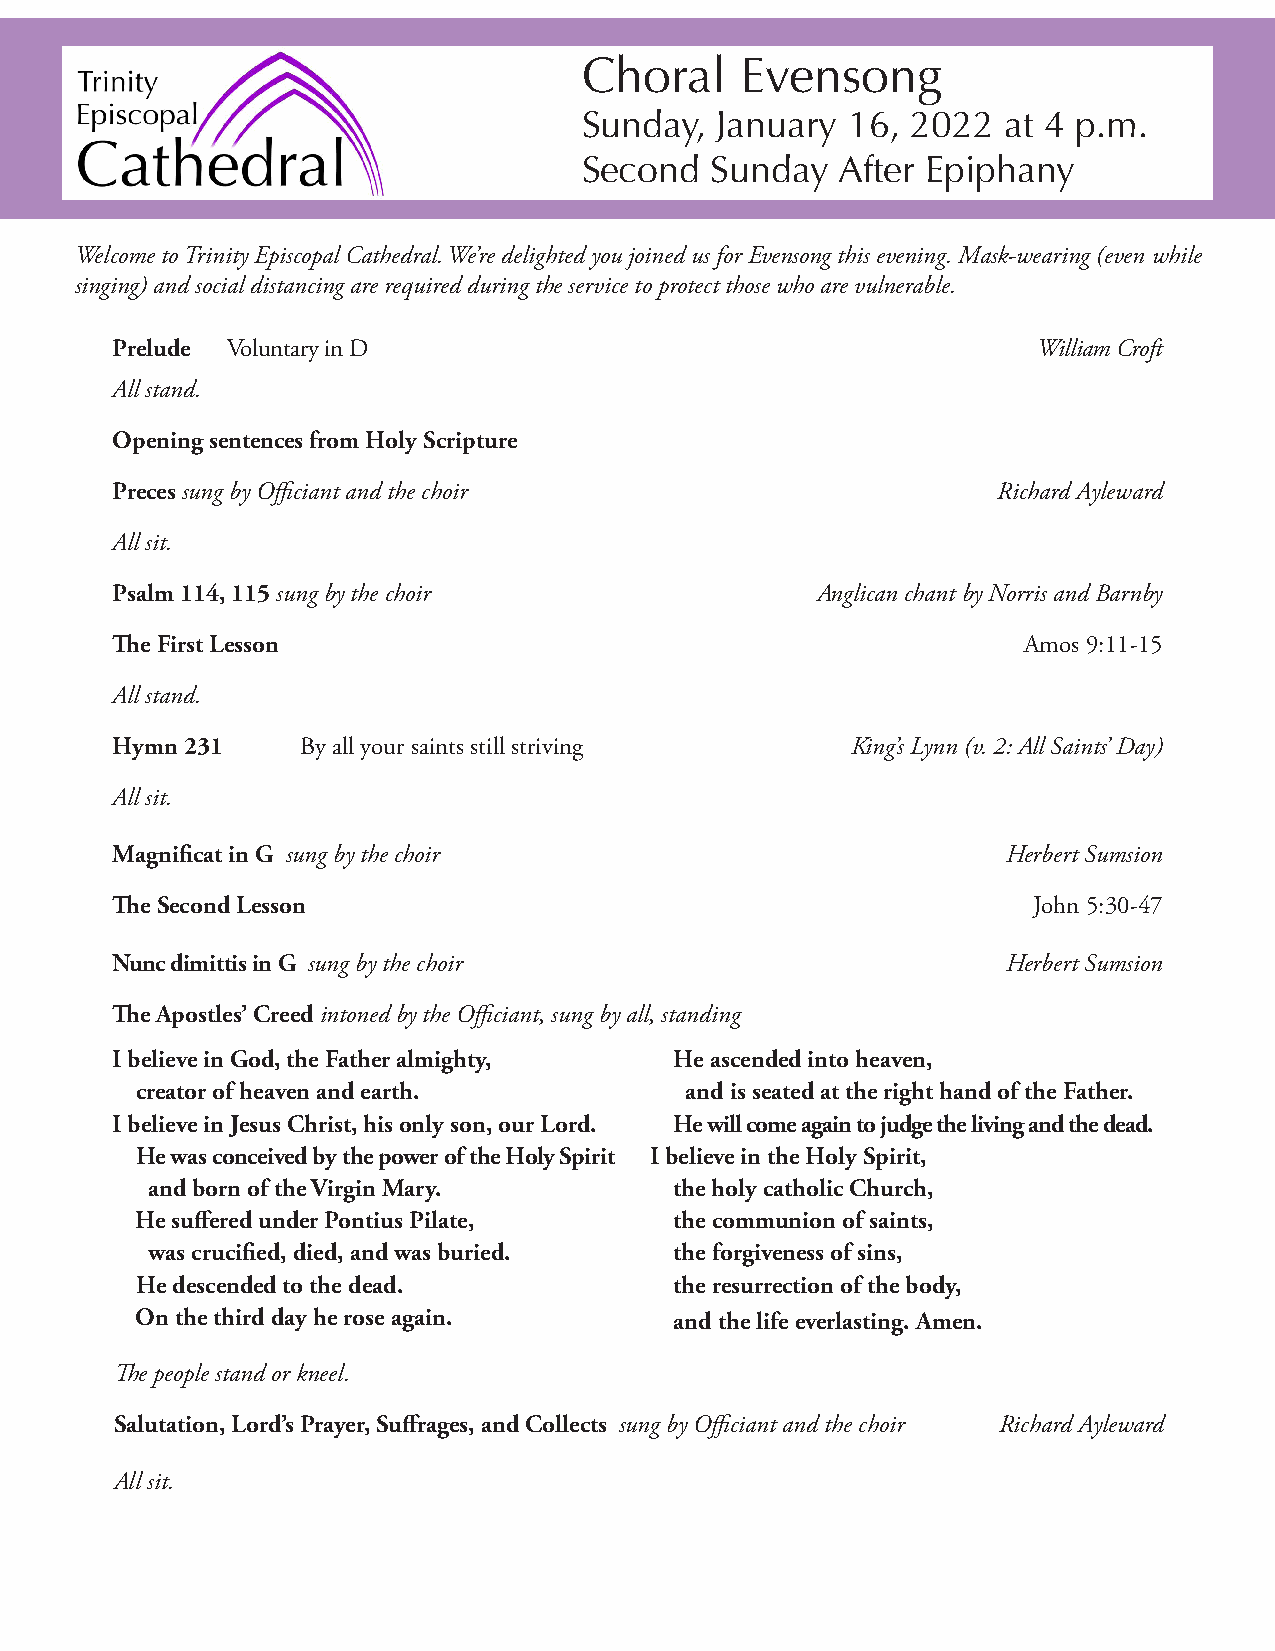
Choral    Evensong
 Sunday, January  16, 2022  at 4 p.m.
 Second  Sunday  After Epiphany
 Welcome to Trinity Episcopal Cathedral. We’re delighted you joined us for Evensong this evening. Mask-wearing (even while
 singing) and social distancing are required during the service to protect those who are vulnerable.
 Prelude Voluntary in D                                        William Croft
 All stand.
 Opening sentences from Holy Scripture
 Preces sung by Officiant and the choir                     Richard Ayleward
 All sit.
 Psalm 114, 115 sung by the choir               Anglican chant by Norris and Barnby
 The First Lesson                                             Amos 9:11-15
 All stand.
 Hymn 231     By all your saints still striving   King’s Lynn (v. 2: All Saints’ Day)
 All sit.
 Magnificat in G sung by the choir                           Herbert Sumsion
 The Second Lesson                                            John 5:30-47
 Nunc dimittis in G sung by the choir                        Herbert Sumsion
 The Apostles’ Creed intoned by the Officiant, sung by all, standing
 I believe in God, the Father almighty, He ascended into heaven,
 creator of heaven and earth.        and is seated at the right hand of the Father.
 I believe in Jesus Christ, his only son, our Lord. He will come again to judge the living and the dead.
 He was conceived by the power of the Holy Spirit I believe in the Holy Spirit,
 and born of the Virgin Mary.       the holy catholic Church,
 He suffered under Pontius Pilate,   the communion of saints,
 was crucified, died, and was buried. the forgiveness of sins,
 He descended to the dead.           the resurrection of the body,
 On the third day he rose again.     and the life everlasting. Amen.
 The people stand or kneel.
 Salutation, Lord’s Prayer, Suffrages, and Collects sung by Officiant and the choir Richard Ayleward
 All sit.